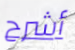
أشرح